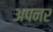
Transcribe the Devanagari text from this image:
अपनर